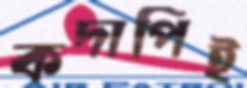
কদাপিই